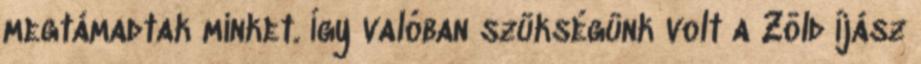
megtámadtak minket. Így valóban szükségünk volt a Zöld Íjász